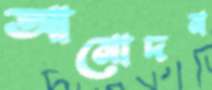
আমোদন